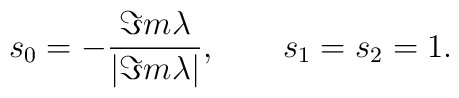
s_0=-{\Im m \lambda\over|\Im m \lambda|},\qquad s_1=s_2=1.